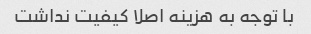
با توجه به هزینه اصلا کیفیت نداشت